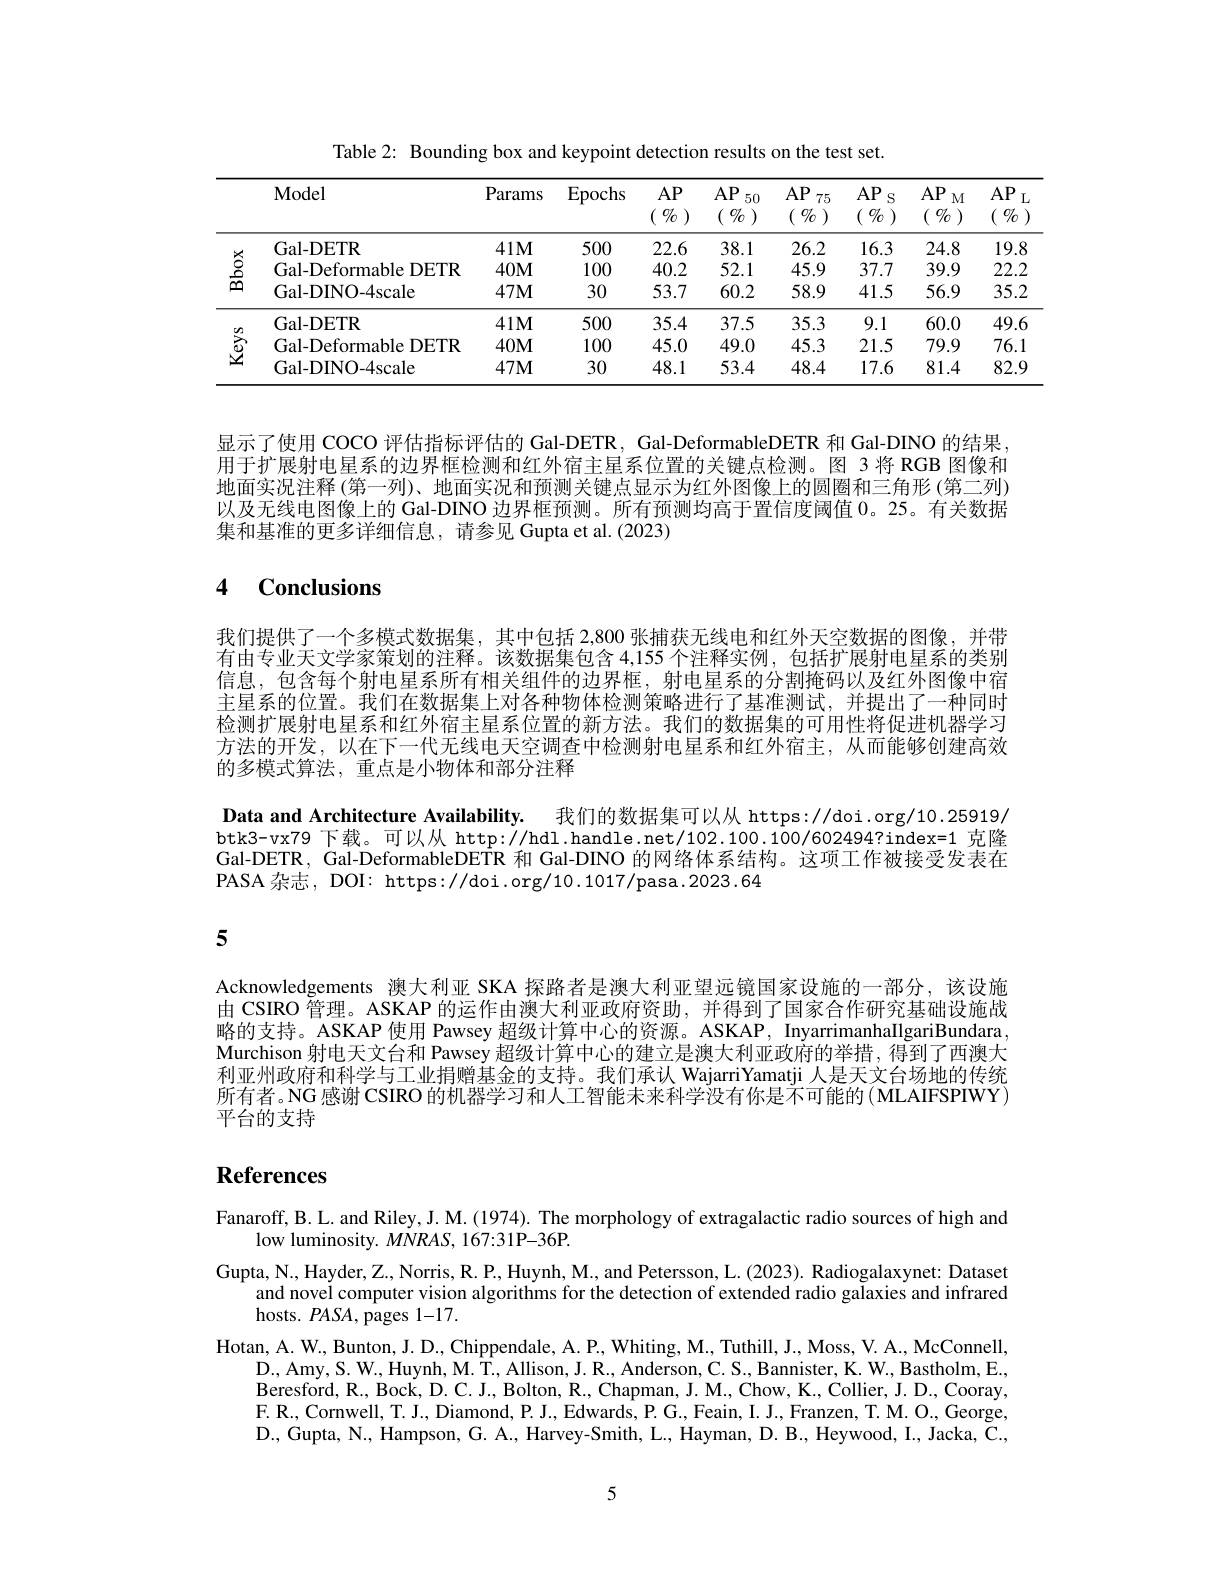
Table 2: Bounding box and keypoint detection results on the test set.

<table>
	<tbody>
		<tr>
			<th> </th>
			<th>Model</th>
			<th>Params</th>
			<th>Epochs</th>
			<th>$AP$ </th>
			<th>$AP$ 50 $(\begin{array}{c}0/0\end{array})$ 1</th>
			<th>$AP$ 75 $\left(\begin{array}{llllllllllllllllll}&&&&&&&&&&&&&&&\\&&&&&&&&$ $\%$ </th>
			<th>$AP$ S $\%$ </th>
			<th>$AP$ M $\%$ $\left(\begin{array}{c}c\\.\end{array}\right)$ 、 </th>
			<th>$AP$ </th>
		</tr>
		<tr>
			<td rowspan="3">స్దే</td>
			<td>Gal-DETR</td>
			<td>$41M$</td>
			<td>500</td>
			<td>22.6</td>
			<td>38.1</td>
			<td>26.2</td>
			<td>16.3</td>
			<td>24.8</td>
			<td>19.8</td>
		</tr>
		<tr>
			<td>Gal-Deformable DETR</td>
			<td>$40M$</td>
			<td>100</td>
			<td>40.2</td>
			<td></td>
			<td>45.9</td>
			<td>37.7</td>
			<td>39.9</td>
			<td>22.2</td>
		</tr>
		<tr>
			<td>Gal-DINO-4scale</td>
			<td>$47M$</td>
			<td>30</td>
			<td>53.7</td>
			<td>60.2</td>
			<td>58.9</td>
			<td>41.5</td>
			<td>56.9</td>
			<td>35.2</td>
		</tr>
		<tr>
			<td rowspan="3">$\underline{菱}$</td>
			<td>Gal-DETR</td>
			<td>$41M$</td>
			<td>500</td>
			<td>35.4</td>
			<td>37.5</td>
			<td>35.3</td>
			<td></td>
			<td>60.0</td>
			<td>49.6</td>
		</tr>
		<tr>
			<td>Gal-Deformable DETR</td>
			<td>$40M$</td>
			<td>100</td>
			<td>45.0</td>
			<td>49.0</td>
			<td>45.3</td>
			<td>21.5</td>
			<td>79.9</td>
			<td>76.1</td>
		</tr>
		<tr>
			<td>Gal-DINO-4scale</td>
			<td>$47M$</td>
			<td>30</td>
			<td>48.1</td>
			<td>53.4</td>
			<td>48.4</td>
			<td>17.6</td>
			<td>81.4</td>
			<td>82.9</td>
		</tr>
	</tbody>
</table>

显示了使用 COCO 评估指标评估的 Gal-DETR, Gal-DeformableDETR 和 Gal-DINO 的结果用于扩展射电星系的边界框检测和红外宿主星系位置的关键点检测。图 3 将 RGB 图像和地面实况注释(第一列)、地面实况和预测关键点显示为红外图像上的圆圈和三角形(第二列) 以及无线电图像上的 Gal-DINO 边界框预测。所有预测均高于置信度阈值0。25。有关数据集和基准的更多详细信息，请参见 Gupta et al. (2023)

## 4 Conclusions

我们提供了一个多模式数据集，其中包括 2,800 张捕获无线电和红外天空数据的图像，并带有由专业天文学家策划的注释。该数据集包含 4,155 个注释实例，包括扩展射电星系的类别信息，包含每个射电星系所有相关组件的边界框，射电星系的分割掩码以及红外图像中宿主星系的位置。我们在数据集上对各种物体检测策略进行了基准测试，并提出了一种同时检测扩展射电星系和红外宿主星系位置的新方法。我们的数据集的可用性将促进机器学习方法的开发，以在下一代无线电天空调查中检测射电星系和红外宿主，从而能够创建高效的多模式算法，重点是小物体和部分注释

Data and Architecture Availability. 我们的数据集可以从 https://doi.org/10.25919/ btk3-vx79 下载。可以从 http://hdl.handle.net/102.100.100/602494?index=1 克隆Gal-DETR, Gal-DeformableDETR 和 Gal-DINO 的网络体系结构。这项工作被接受发表在PASA 杂志，DOI: https://doi.org/10.1017/pasa.2023.64

5

Acknowledgements 澳大利亚 SKA 探路者是澳大利亚望远镜国家设施的一部分，该设施由 CSIRO 管理。ASKAP 的运作由澳大利亚政府资助，并得到了国家合作研究基础设施战略的支持。ASKAP 使用 Pawsey 超级计算中心的资源。ASKAP, InyarrimanhaIlgariBundara Murchison 射电天文台和 Pawsey 超级计算中心的建立是澳大利亚政府的举措，得到了西澳大利亚州政府和科学与工业捐赠基金的支持。我们承认 WajarriYamatji 人是天文台场地的传统所有者。NG 感谢 CSIRO 的机器学习和人工智能未来科学没有你是不可能的( MLAIFSPIWY) 平台的支持

# References

Fanaroff, B. L. and Riley, J. M. (1974). The morphology of extragalactic radio sources of high and
low luminosity. $MNRAS,167:31\dot{\mathrm{P-36P}}.$
Gupta, N., Hayder, Z.., Norris, R. P., Huynh, M., and Petersson, L. (2023). Radiogalaxynet: Dataset
and novel computer vision algorithms for the detection of extended radio galaxies and infrared
hosts. $PASA$, pages 1-17.
Hotan, A. W., Bunton, J. D., Chippendale, A. P., Whiting, M., Tuthill, J., Moss, V. A., McConnell,
D. , Amy, S. W. , Huynh, M. T. , Allison, J. R. , Anderson, C. S. , Bannister, K. W. , Bastholm, E. , Beresford, R. , Bock, D. C. J. Bolton, R. , Chapman, J. M. , Chow, K. Collier, J. D. , Cooray, Beresford, R. , Bock, D. C. J. Bolton, R. , Chapman, J. M. , Chow, K. , Collier, J. D. , Cooray, F. R. , Cornwell, T. J. , Diamond, P. J. Edwards, P. G. . Feain, I. J. . Franzen, T. M. O. , George, D. , Gupta, N. , Hampson, G. A. , Harvey- Smith, L. , Hayman, D. B. , Heywood, I. , Jacka, C. ,

5